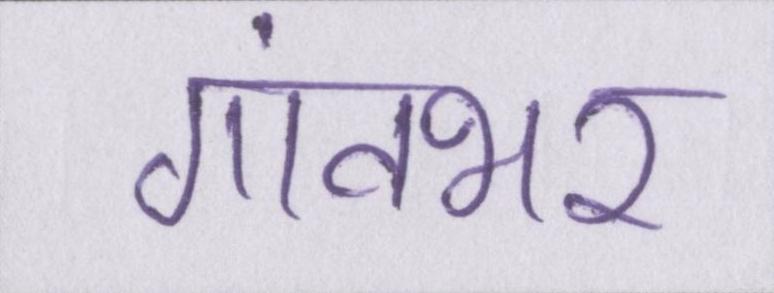
गांवभर